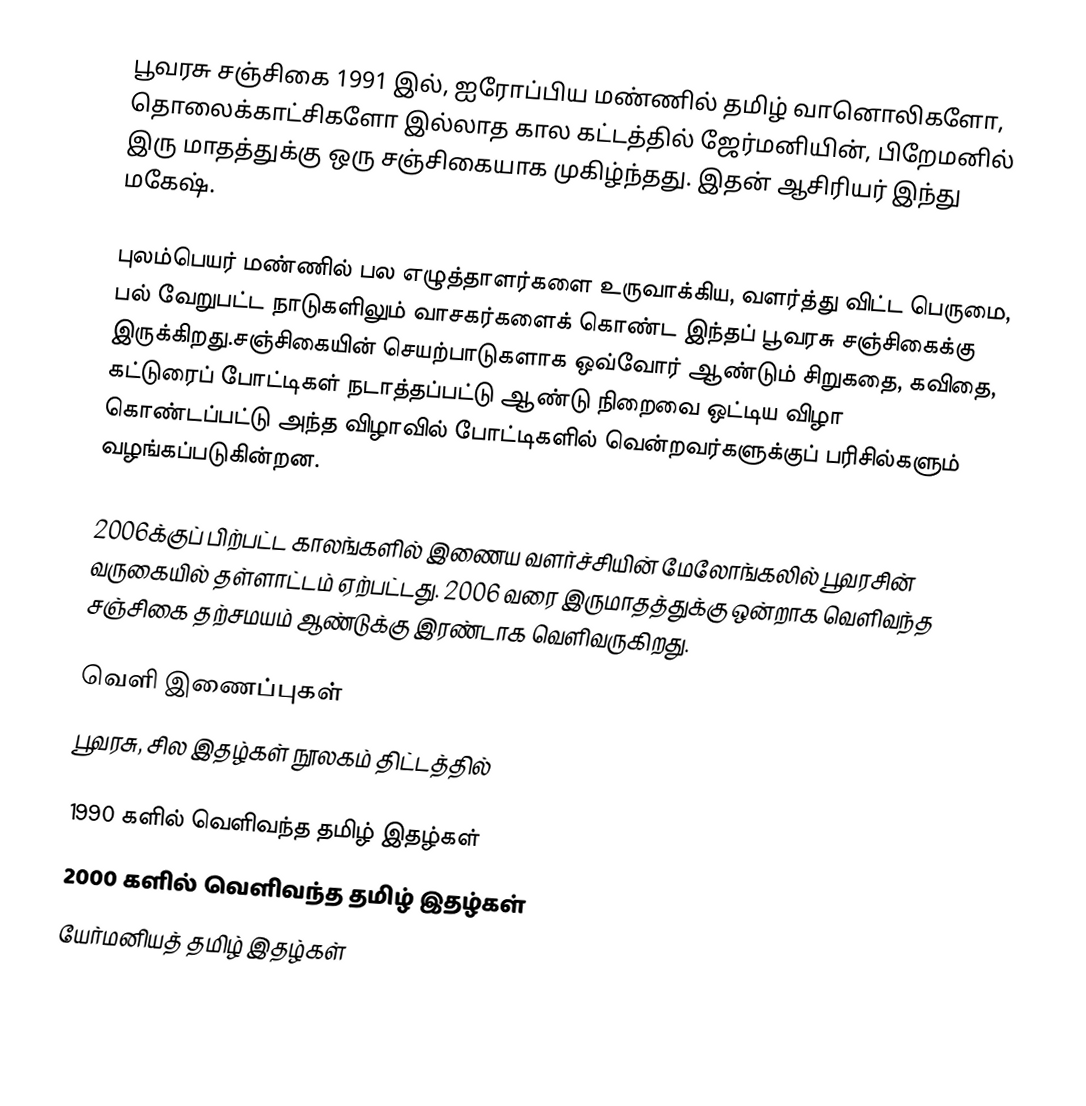
பூவரசு சஞ்சிகை 1991 இல், ஐரோப்பிய மண்ணில் தமிழ் வானொலிகளோ, தொலைக்காட்சிகளோ இல்லாத  கால கட்டத்தில் ஜேர்மனியின், பிறேமனில் இரு மாதத்துக்கு ஒரு சஞ்சிகையாக முகிழ்ந்தது. இதன் ஆசிரியர் இந்து மகேஷ்.

புலம்பெயர் மண்ணில் பல எழுத்தாளர்களை உருவாக்கிய, வளர்த்து விட்ட பெருமை, பல் வேறுபட்ட நாடுகளிலும் வாசகர்களைக் கொண்ட இந்தப் பூவரசு சஞ்சிகைக்கு இருக்கிறது.சஞ்சிகையின் செயற்பாடுகளாக ஒவ்வோர் ஆண்டும் சிறுகதை, கவிதை, கட்டுரைப் போட்டிகள் நடாத்தப்பட்டு ஆண்டு நிறைவை ஒட்டிய விழா கொண்டப்பட்டு அந்த விழாவில் போட்டிகளில் வென்றவர்களுக்குப் பரிசில்களும் வழங்கப்படுகின்றன.

2006க்குப் பிற்பட்ட காலங்களில் இணைய வளர்ச்சியின் மேலோங்கலில் பூவரசின் வருகையில் தள்ளாட்டம் ஏற்பட்டது. 2006 வரை இருமாதத்துக்கு ஒன்றாக வெளிவந்த சஞ்சிகை தற்சமயம் ஆண்டுக்கு இரண்டாக வெளிவருகிறது.

வெளி இணைப்புகள்
பூவரசு, சில இதழ்கள் நூலகம் திட்டத்தில்

1990 களில் வெளிவந்த தமிழ் இதழ்கள்
2000 களில் வெளிவந்த தமிழ் இதழ்கள்
யேர்மனியத் தமிழ் இதழ்கள்